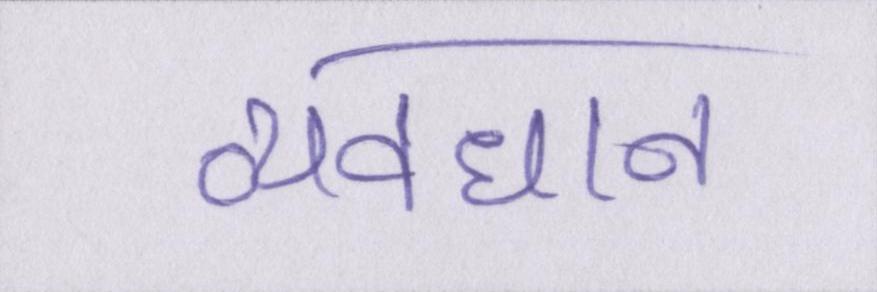
व्यवधान